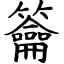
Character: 籥